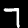
Digit: 7